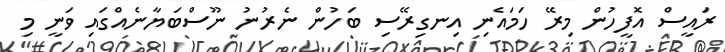
ރައީސް އޮފީހުން މިރޭ ހަމައެނި އިނގިރޭސި ބަހުން ނެރުނު ނޫސްބަޔާނެއްގައި ވަނީ މި